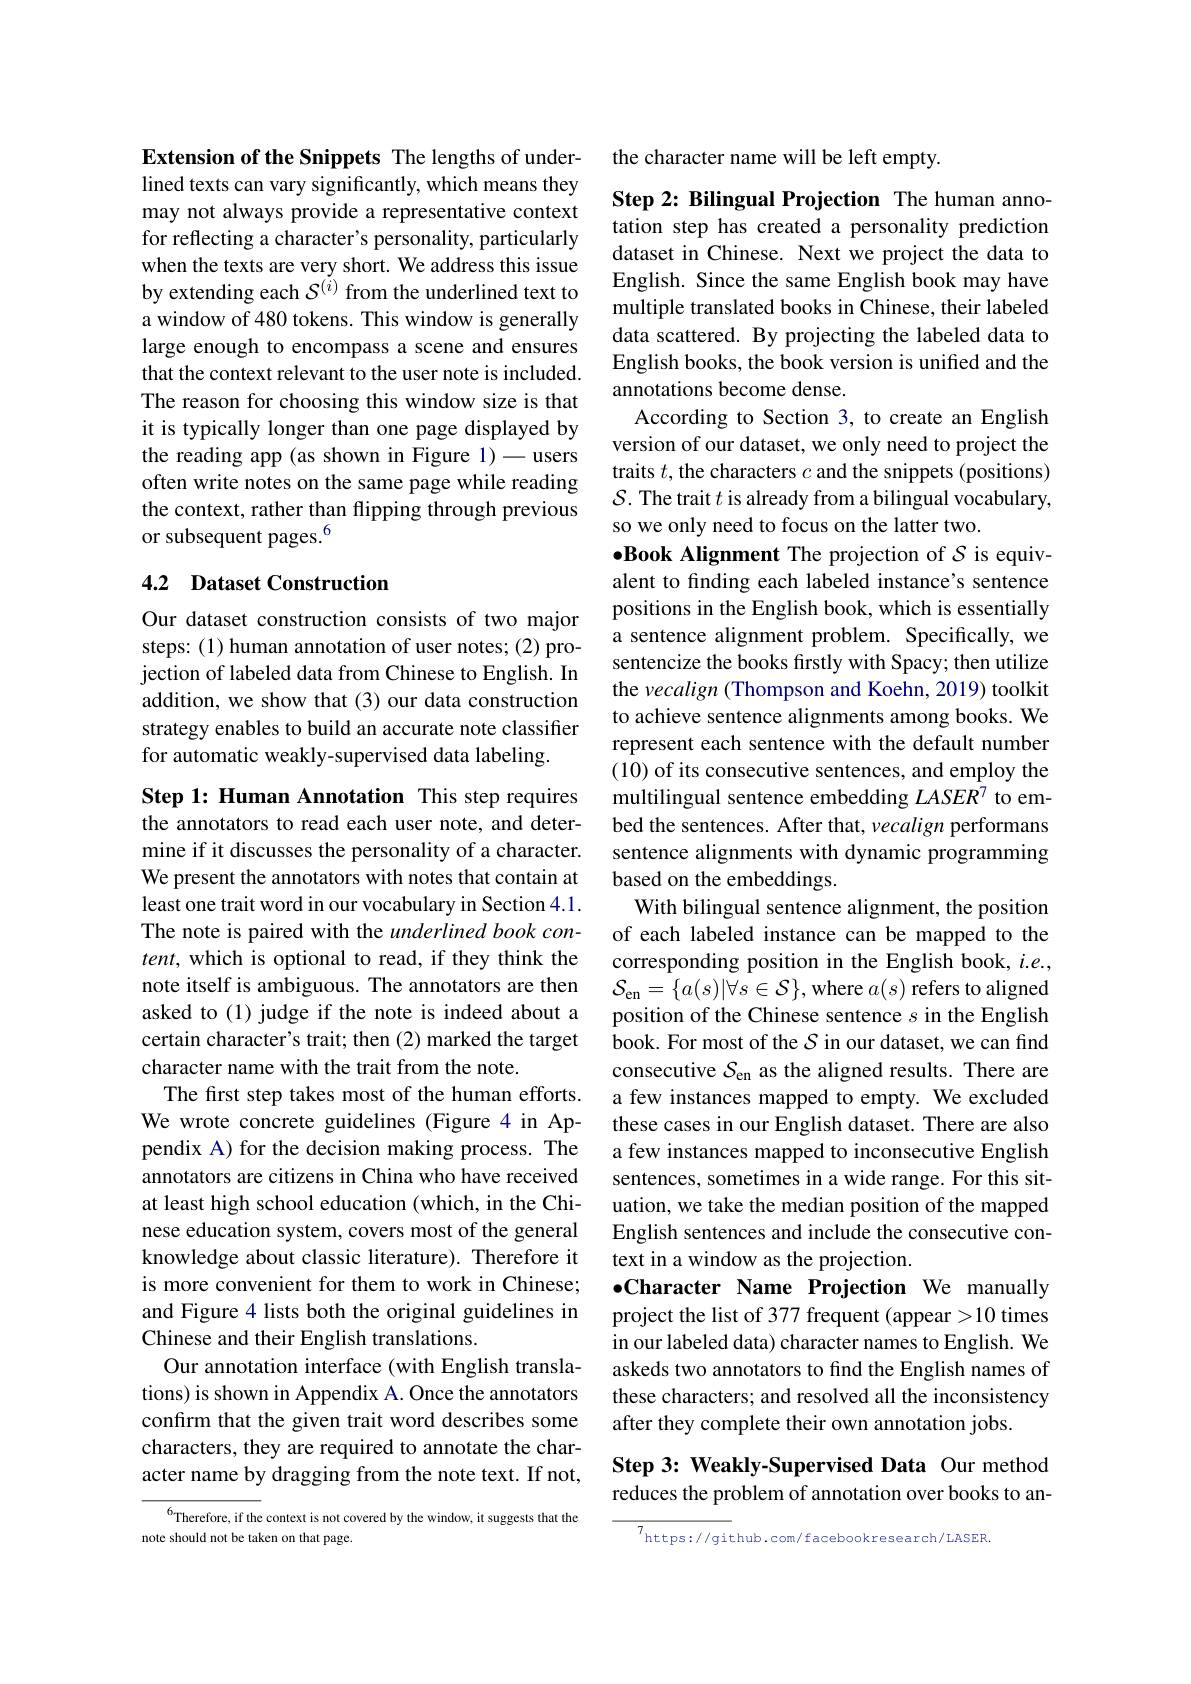
Extension of the Snippets The lengths of underlined texts can vary significantly, which means they may not always provide a representative context for reflecting a character's personality, particularly when the texts are very short. We address this issue by extending each $\mathcal{S}^{(i)}$ from the underlined text to a window of 480 tokens. This window is generally large enough to encompass a scene and ensures that the context relevant to the user note is included. The reason for choosing this window size is that it is typically longer than one page displayed by the reading app (as shown in Figure 1)-users often write notes on the same page while reading the context, rather than flipping through previous or subsequent pages.$^{6}$

## 4.2 Dataset Construction

Our dataset construction consists of two major steps: (1) human annotation of user notes; (2) projection of labeled data from Chinese to English. In addition, we show that (3) our data construction strategy enables to build an accurate note classifier for automatic weakly-supervised data labeling.

Step 1: Human Annotation This step requires the annotators to read each user note, and determine if it discusses the personality of a character. We present the annotators with notes that contain at least one trait word in our vocabulary in Section 4.1. The note is paired with the underlined book con- $tent$, which is optional to read, if they think the note itself is ambiguous. The annotators are then asked to (1)judge if the note is indeed about a certain character's trait; then (2) marked the target character name with the trait from the note.
The first step takes most of the human efforts. We wrote concrete guidelines (Figure 4 in Appendix A) for the decision making process. The annotators are citizens in China who have received at least high school education (which, in the Chinese education system, covers most of the general knowledge about classic literature). Therefore it is more convenient for them to work in Chinese; and Figure 4 lists both the original guidelines in Chinese and their English translations.
Our annotation interface (with English translations) is shown in Appendix A. Once the annotators confirm that the given trait word describes some characters, they are required to annotate the character name by dragging from the note text. If not,

$^{6}$Therefore, if the context is not covered by the window, it suggests that the
note should not be taken on that page.

the character name will be left empty.

Step 2: Bilingual Projection The human annotation step has created a personality prediction dataset in Chinese. Next we project the data to English. Since the same English book may have multiple translated books in Chinese, their labeled data scattered. By projecting the labeled data to English books, the book version is unified and the annotations become dense.
According to Section 3, to create an English version of our dataset, we only need to project the traits $t$, the characters $c$ and the snippets (positions) $\mathcal{S}.$ The trait $t$ is already from a bilingual vocabulary, so we only need to focus on the latter two.
$\bullet$Book Alignment The projection of $\mathcal{S}$ is equivalent to finding each labeled instance's sentence positions in the English book, which is essentially a sentence alignment problem. Specifically, we sentencize the books firstly with Spacy; then utilize the vecalign (Thompson and Koehn, 2019) toolkit to achieve sentence alignments among books. We represent each sentence with the default number (10) of its consecutive sentences, and employ the multilingual sentence embedding $LASER^7$ to embed the sentences. After that, vecalign performans sentence alignments with dynamic programming based on the embeddings.
With bilingual sentence alignment, the position of each labeled instance can be mapped to the corresponding position in the English book, $i.e.$, $\mathcal{S} _{\mathrm{en}}= \{ a( s) | \forall s\in \mathcal{S} \} $,where $a(s)$ refers to aligned position of the Chinese sentence $s$ in the English book. For most of the $S$ in our dataset, we can find consecutive $S_\mathrm{en}$ as the aligned results. There are a few instances mapped to empty. We excluded these cases in our English dataset. There are also a few instances mapped to inconsecutive English sentences, sometimes in a wide range. For this situation, we take the median position of the mapped English sentences and include the consecutive context in a window as the projection.
$\bullet$Character Name Projection We manually project the list of 377 frequent (appear >10 times in our labeled data) character names to English. We askeds two annotators to find the English names of these characters; and resolved all the inconsistency after they complete their own annotation jobs.
Step 3: Weakly-Supervised Data Our method

## reduces the problem of annotation over books to an-

$^{7}$https://github.com/facebookresearch/LASER